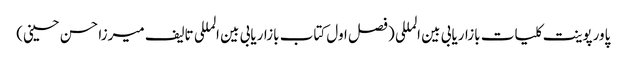
پاورپوینت کلیات بازاریابی بین المللی (فصل اول کتاب بازاریابی بین المللی تالیف میرزا حسن حسینی)